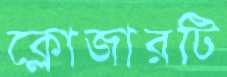
ক্লোজারটি